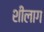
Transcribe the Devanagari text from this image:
शीलाग